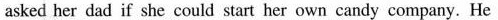
asked her dad if she could start her own candy company. He